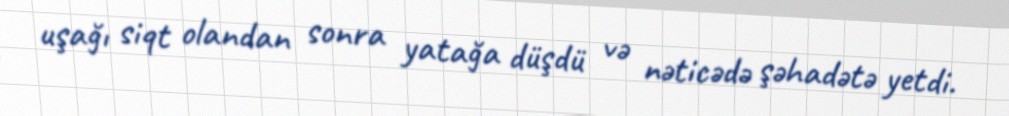
uşağı siqt olandan sonra yatağa düşdü və nəticədə şəhadətə yetdi.